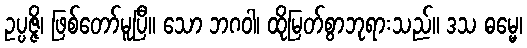
ဥပ္ပဇ္ဇိ၊ ဖြစ်တော်မူပြီ။ သော ဘဂဝါ၊ ထိုမြတ်စွာဘုရားသည်။ ဒသ ဓမ္မေ၊